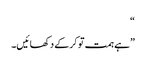
“
”ہے ہمت تو کرکے دکھائیں۔